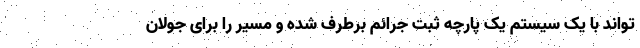
تواند با یک سیستم یک پارچه ثبت جرائم برطرف شده و مسیر را برای جولان